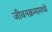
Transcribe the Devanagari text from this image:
जीवनक्रमामध्ये